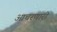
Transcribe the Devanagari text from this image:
आचरणारी